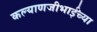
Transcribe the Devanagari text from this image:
कल्याणजीभाईंच्या